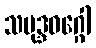
သမုဒ္ဒဝဂ္ဂေါ